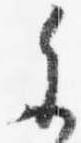
参